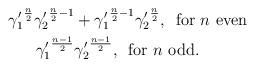
LaTeX: \begin{align*} {\gamma_1'}^{\frac{n}{2}}{\gamma_2'}^{\frac{n}{2} -1} &+{\gamma_1'}^{\frac{n}{2} -1}{\gamma_2'}^{\frac{n}{2}},\, \textrm{ for } n\textrm{ even} \\ {\gamma_1'}^{\frac{n-1}{2}}&{\gamma_2'}^{\frac{n-1}{2}},\, \textrm{ for } n\textrm{ odd.} \\\end{align*}